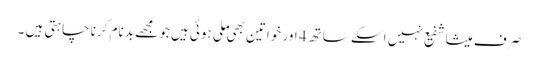
صرف میشا شفیع نہیں اسکے ساتھ 4 اور خواتین بھی ملی ہوئی ہیں جو مجھے بدنام کرنا چاہتی ہیں ۔